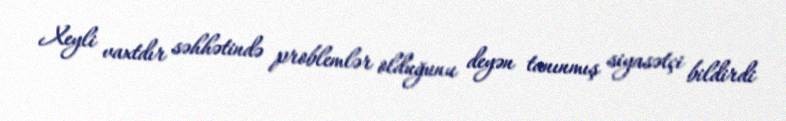
Xeyli vaxtdır səhhətində problemlər olduğunu deyən tanınmış siyasətçi bildirdi